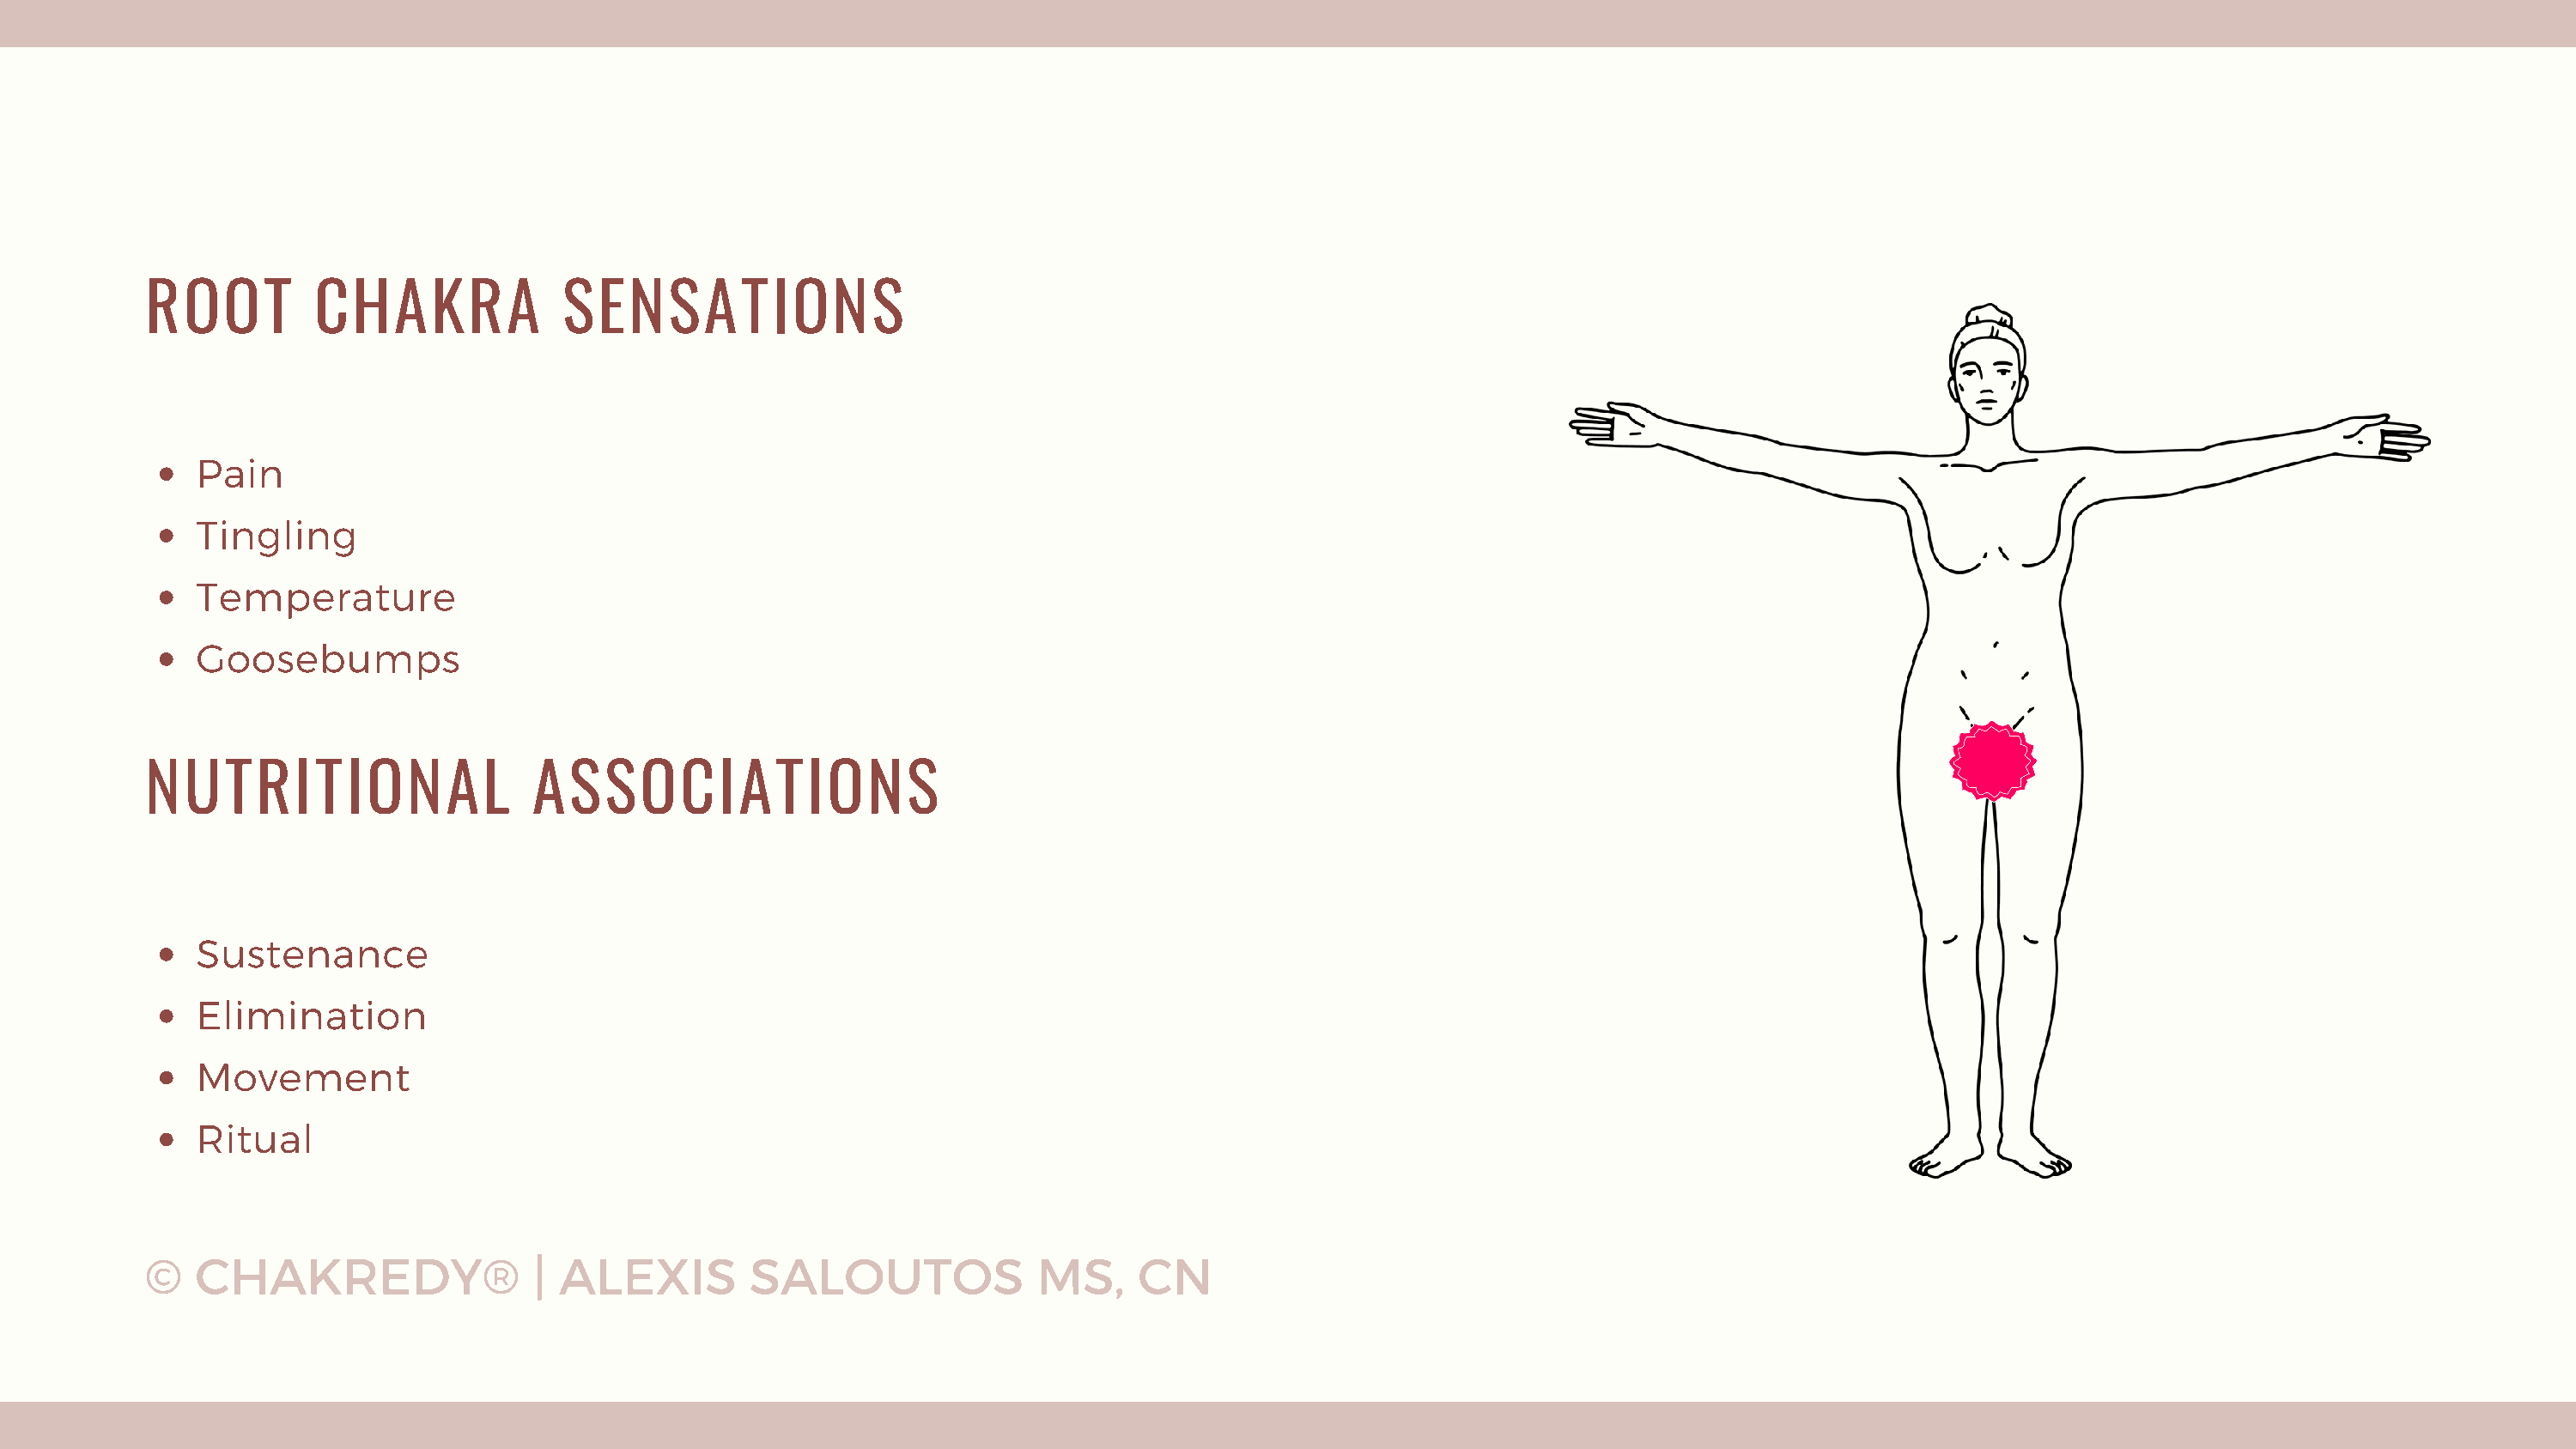
ROOT         CHAKRA             SENSATIONS
 Pain
 Tingling
 Temperature
 Goosebumps
 NUTRITIONAL                   ASSOCIATIONS
 Sustenance
 Elimination
 Movement
 Ritual
 ©   CHAKREDY®                 | ALEXIS         SALOUTOS              MS,     CN